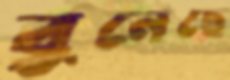
বুনেছে